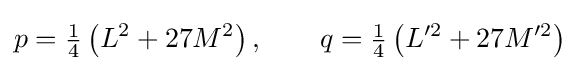
p={\tfrac {1}{4}}\left(L^{2}+27M^{2}\right),\qquad q={\tfrac {1}{4}}\left(L'^{2}+27M'^{2}\right)